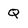
Character: Q